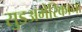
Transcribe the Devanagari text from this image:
सुडअमेरिकाना